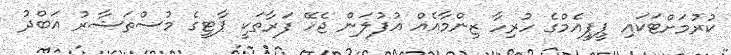
ކުރުމަށްޓަކައި ޕީޕީއެމްގެ ހުރިހާ ޒިންމާއެއް އުފުލަން ޖެހޭ ފަރާތަކީ ޕާޓީގެ މުސްތަޝާރު އަބްދު